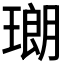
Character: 𤨡